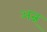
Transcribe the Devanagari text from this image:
अन्न्